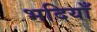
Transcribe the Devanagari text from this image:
भदियाँ